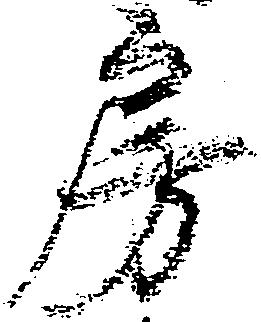
房